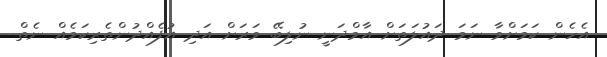
އެހެން ކަމަށްވާ ނަމަ ދައުލަތަށް އާމްދަނީ ނުލިބޭ ވަރަށް އަދި އުފެއްދުންތެރިކަމެއް ނެތް